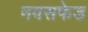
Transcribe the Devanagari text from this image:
नवसफेड